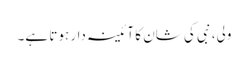
ولی، نبی کی شان کا آئینہ دار ہوتا ہے۔